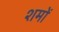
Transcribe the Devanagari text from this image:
शमों